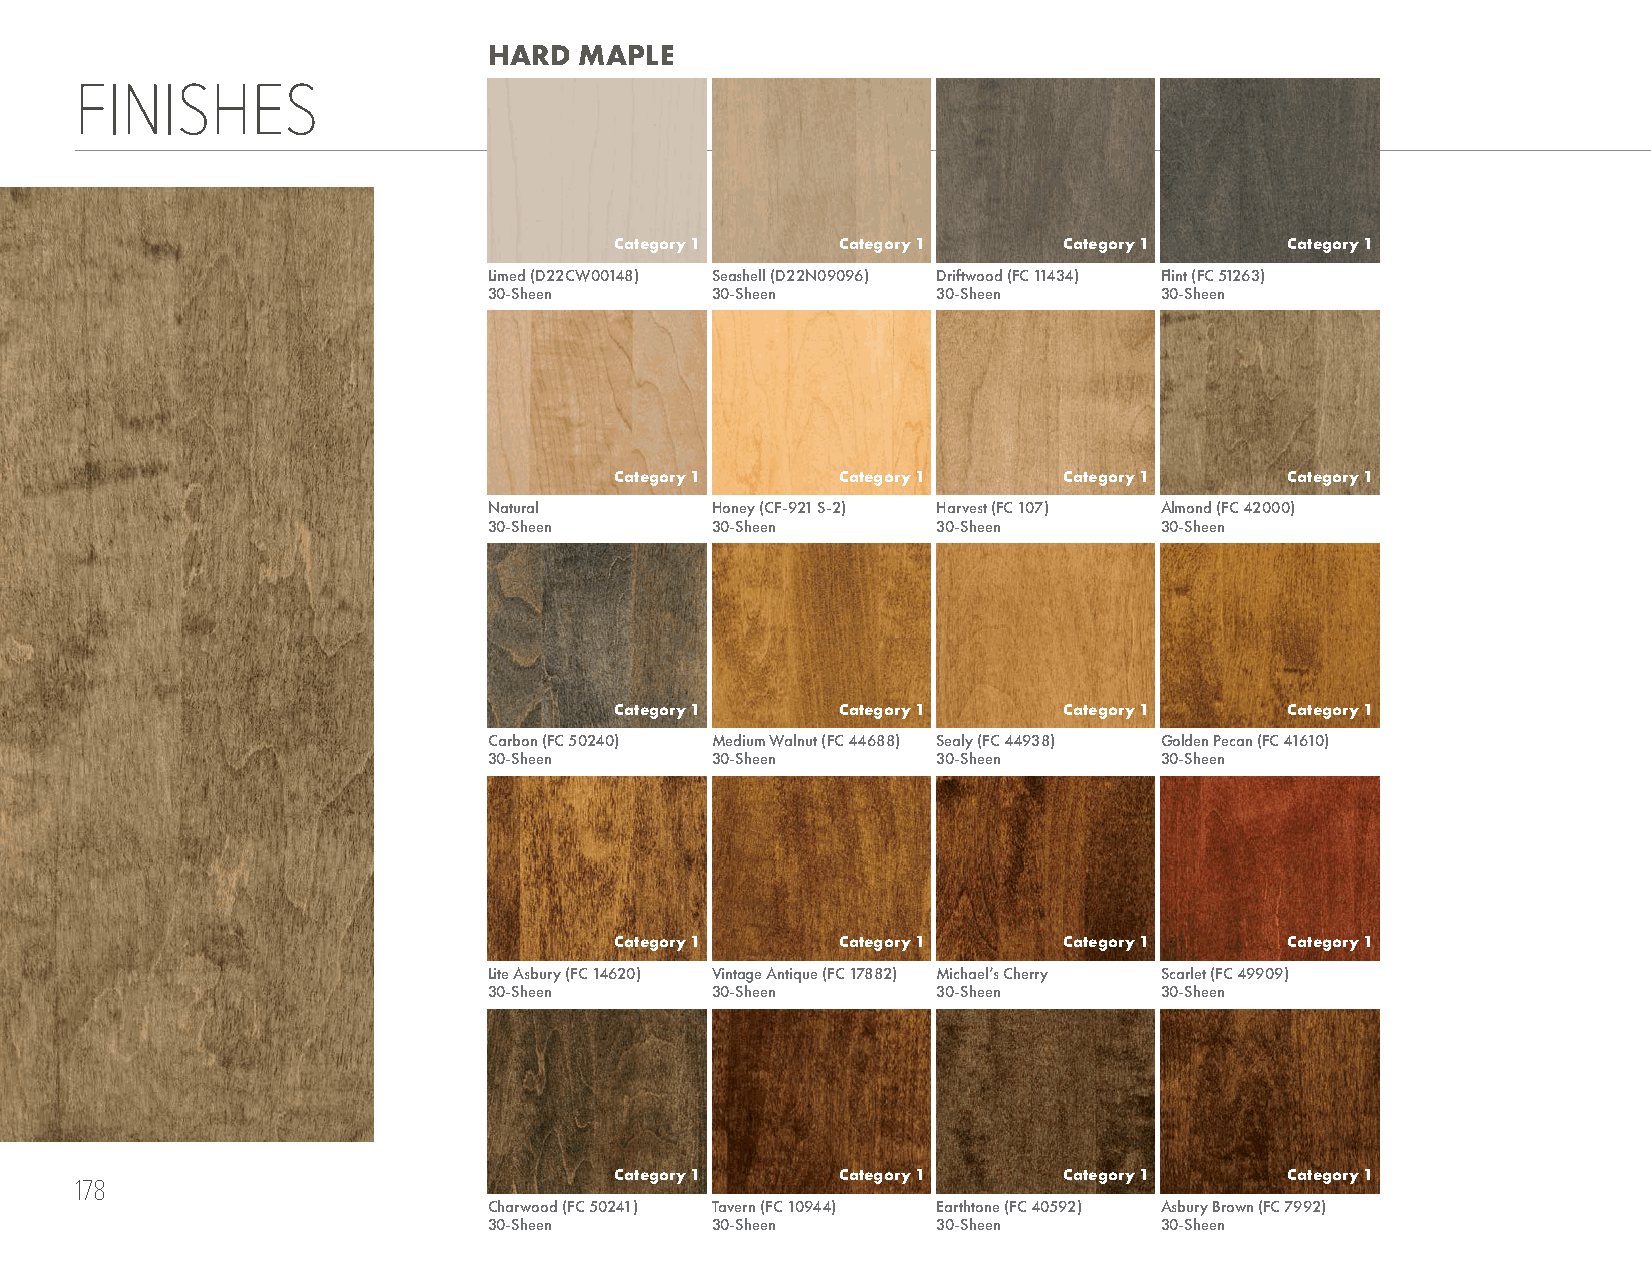
HARD  MAPLE
 FINISHES
 Category 1     Category 1    Category 1     Category 1
 Limed (D22CW00148) Seashell (D22N09096) Driftwood (FC 11434) Flint (FC 51263)
 30-Sheen       30-Sheen       30-Sheen       30-Sheen
 Category 1     Category 1    Category 1     Category 1
 Natural        Honey (CF-921 S-2) Harvest (FC 107) Almond (FC 42000)
 30-Sheen       30-Sheen       30-Sheen       30-Sheen
 Category 1     Category 1    Category 1     Category 1
 Carbon (FC 50240) Medium Walnut (FC 44688) Sealy (FC 44938) Golden Pecan (FC 41610)
 30-Sheen       30-Sheen       30-Sheen       30-Sheen
 Category 1     Category 1    Category 1     Category 1
 Lite Asbury (FC 14620) Vintage Antique (FC 17882) Michael’s Cherry Scarlet (FC 49909)
 30-Sheen       30-Sheen       30-Sheen       30-Sheen
 Category 1     Category 1    Category 1     Category 1
 178
 Charwood (FC 50241) Tavern (FC 10944) Earthtone (FC 40592) Asbury Brown (FC 7992)
 30-Sheen       30-Sheen       30-Sheen       30-Sheen